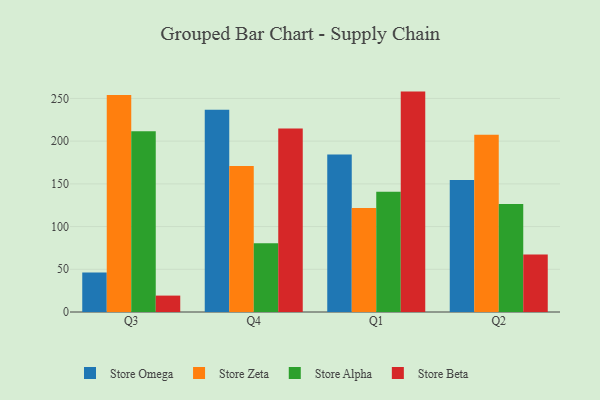
{"axis": {"x": "Quarter", "y": "Backlog"}, "legend": ["Store Alpha", "Store Beta", "Store Omega", "Store Zeta"], "data": [{"x": "Q3", "y": 46.3, "type": "Store Omega"}, {"x": "Q3", "y": 254.1, "type": "Store Zeta"}, {"x": "Q3", "y": 211.6, "type": "Store Alpha"}, {"x": "Q3", "y": 19.2, "type": "Store Beta"}, {"x": "Q4", "y": 236.8, "type": "Store Omega"}, {"x": "Q4", "y": 170.8, "type": "Store Zeta"}, {"x": "Q4", "y": 80.6, "type": "Store Alpha"}, {"x": "Q4", "y": 214.9, "type": "Store Beta"}, {"x": "Q1", "y": 184.4, "type": "Store Omega"}, {"x": "Q1", "y": 121.7, "type": "Store Zeta"}, {"x": "Q1", "y": 140.9, "type": "Store Alpha"}, {"x": "Q1", "y": 258.0, "type": "Store Beta"}, {"x": "Q2", "y": 154.6, "type": "Store Omega"}, {"x": "Q2", "y": 207.5, "type": "Store Zeta"}, {"x": "Q2", "y": 126.4, "type": "Store Alpha"}, {"x": "Q2", "y": 67.4, "type": "Store Beta"}]}